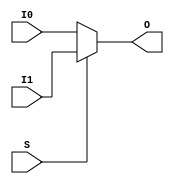
module MUXF7_3(output O, input I0, I1, S);
  assign O = S ? I1 : I0;
endmodule